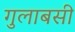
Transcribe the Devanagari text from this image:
गुलाबसी